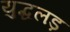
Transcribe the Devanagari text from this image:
युद्धलड़